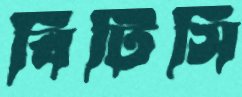
বিটিসি